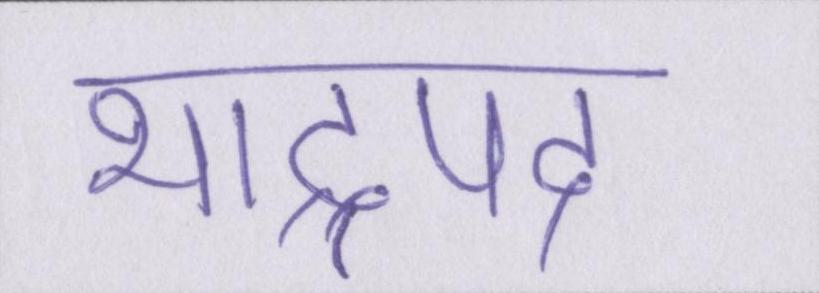
भाद्रपद